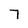
Character: 7